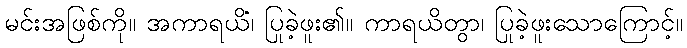
မင်းအဖြစ်ကို။ အကာရယိံ၊ ပြုခဲ့ဖူး၏။ ကာရယိတွာ၊ ပြုခဲ့ဖူးသောကြောင့်။